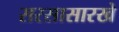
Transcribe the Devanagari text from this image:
सरसासारखे